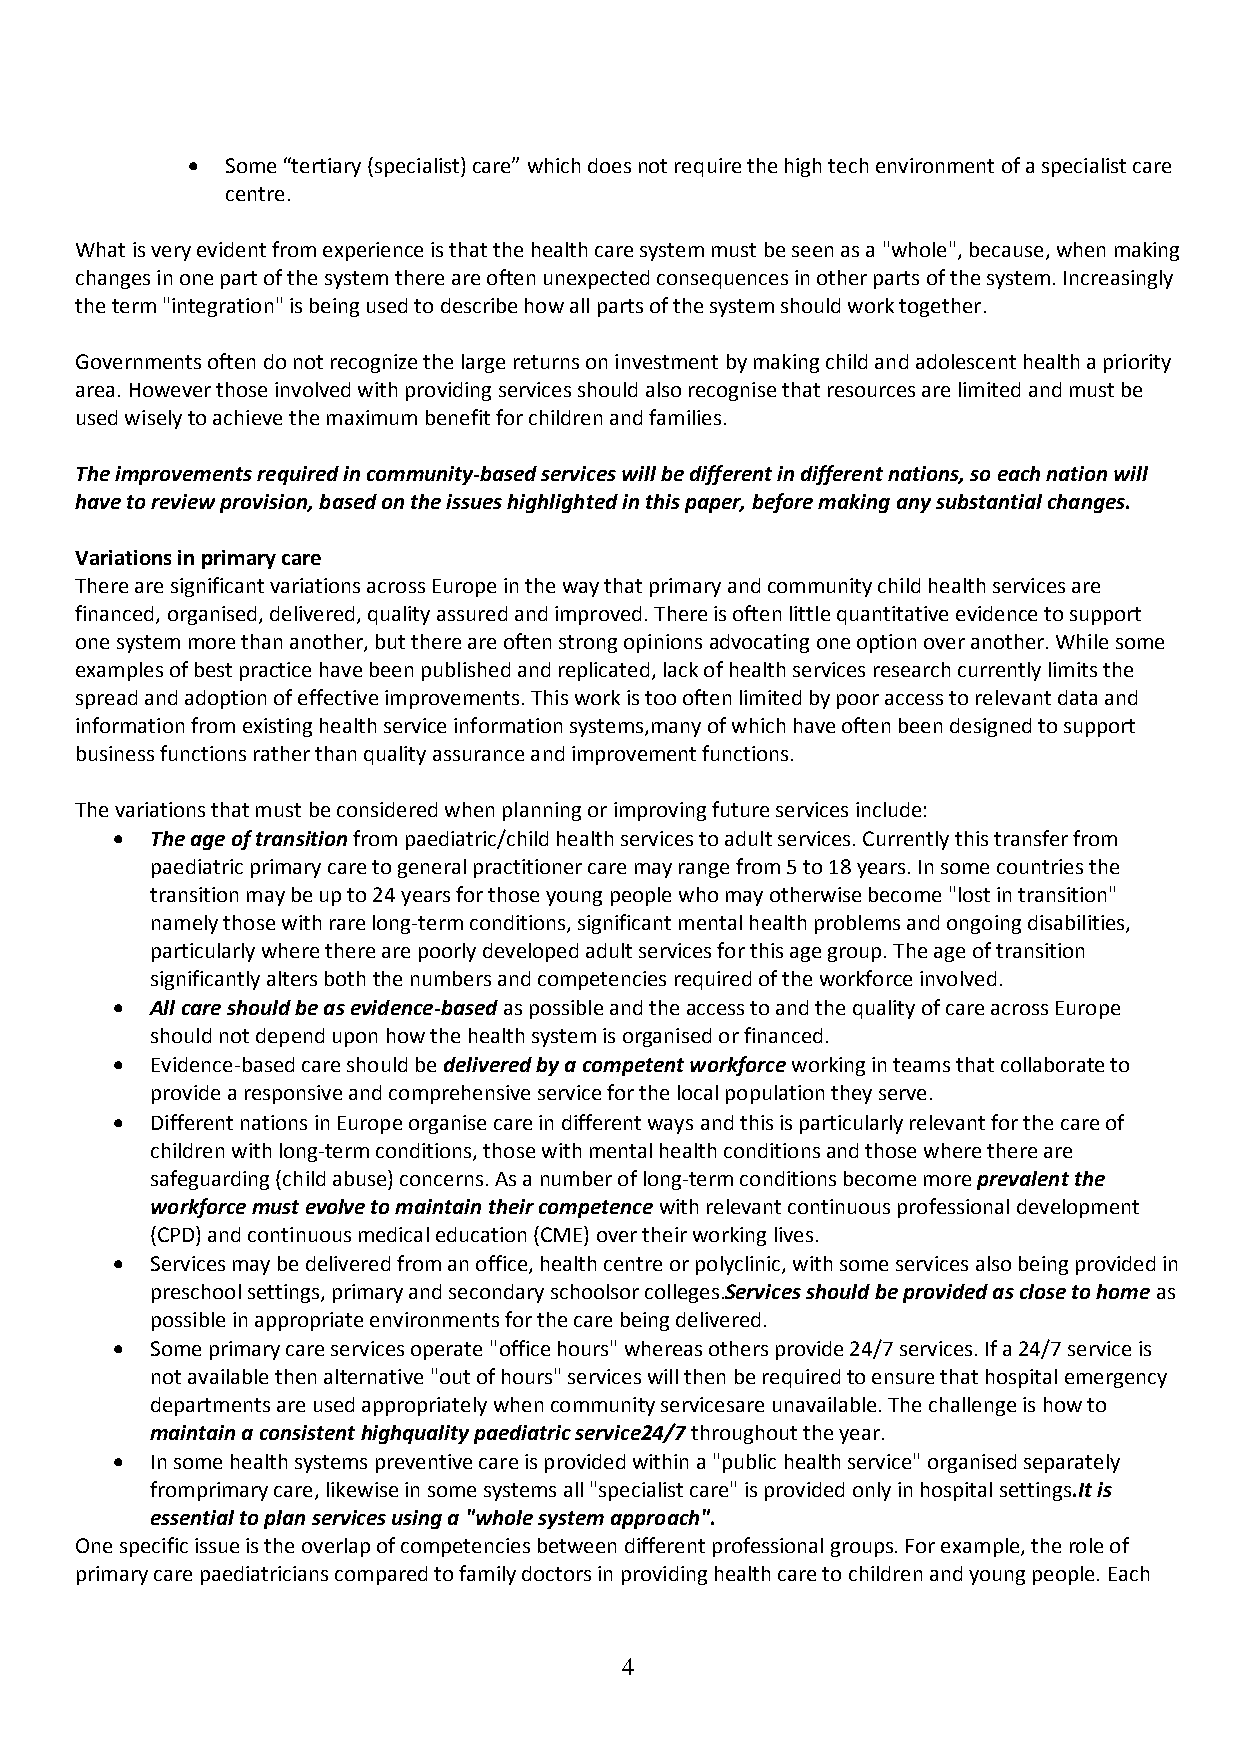
  Some “tertiary (specialist) care” which does not require the high tech environment of a specialist care
 centre.
 What is very evident from experience is that the health care system must be seen as a "whole", because, when making
 changes in one part of the system there are often unexpected consequences in other parts of the system. Increasingly
 the term "integration" is being used to describe how all parts of the system should work together.
 Governments often do not recognize the large returns on investment by making child and adolescent health a priority
 area. However those involved with providing services should also recognise that resources are limited and must be
 used wisely to achieve the maximum benefit for children and families.
 The improvements required in community-based services will be different in different nations, so each nation will
 have to review provision, based on the issues highlighted in this paper, before making any substantial changes.
 Variations in primary care
 There are significant variations across Europe in the way that primary and community child health services are
 financed, organised, delivered, quality assured and improved. There is often little quantitative evidence to support
 one system more than another, but there are often strong opinions advocating one option over another. While some
 examples of best practice have been published and replicated, lack of health services research currently limits the
 spread and adoption of effective improvements. This work is too often limited by poor access to relevant data and
 information from existing health service information systems,many of which have often been designed to support
 business functions rather than quality assurance and improvement functions.
 The variations that must be considered when planning or improving future services include:
   The age of transition from paediatric/child health services to adult services. Currently this transfer from
 paediatric primary care to general practitioner care may range from 5 to 18 years. In some countries the
 transition may be up to 24 years for those young people who may otherwise become "lost in transition"
 namely those with rare long-term conditions, significant mental health problems and ongoing disabilities,
 particularly where there are poorly developed adult services for this age group. The age of transition
 significantly alters both the numbers and competencies required of the workforce involved.
   All care should be as evidence-based as possible and the access to and the quality of care across Europe
 should not depend upon how the health system is organised or financed.
   Evidence-based care should be delivered by a competent workforce working in teams that collaborate to
 provide a responsive and comprehensive service for the local population they serve.
   Different nations in Europe organise care in different ways and this is particularly relevant for the care of
 children with long-term conditions, those with mental health conditions and those where there are
 safeguarding (child abuse) concerns. As a number of long-term conditions become more prevalent the
 workforce must evolve to maintain their competence with relevant continuous professional development
 (CPD) and continuous medical education (CME) over their working lives.
   Services may be delivered from an office, health centre or polyclinic, with some services also being provided in
 preschool settings, primary and secondary schoolsor colleges.Services should be provided as close to home as
 possible in appropriate environments for the care being delivered.
   Some primary care services operate "office hours" whereas others provide 24/7 services. If a 24/7 service is
 not available then alternative "out of hours" services will then be required to ensure that hospital emergency
 departments are used appropriately when community servicesare unavailable. The challenge is how to
 maintain a consistent highquality paediatric service24/7 throughout the year.
   In some health systems preventive care is provided within a "public health service" organised separately
 fromprimary care, likewise in some systems all "specialist care" is provided only in hospital settings.It is
 essential to plan services using a "whole system approach".
 One specific issue is the overlap of competencies between different professional groups. For example, the role of
 primary care paediatricians compared to family doctors in providing health care to children and young people. Each
 4